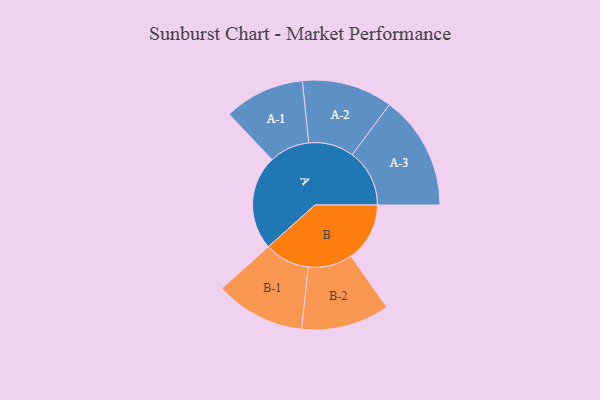
{"axis": {"x": "Segment", "y": "Value"}, "legend": ["", "A", "B"], "data": [{"x": "A", "y": 486, "type": ""}, {"x": "B", "y": 302, "type": ""}, {"x": "A-1", "y": 207, "type": "A"}, {"x": "A-2", "y": 233, "type": "A"}, {"x": "A-3", "y": 294, "type": "A"}, {"x": "B-1", "y": 231, "type": "B"}, {"x": "B-2", "y": 227, "type": "B"}]}